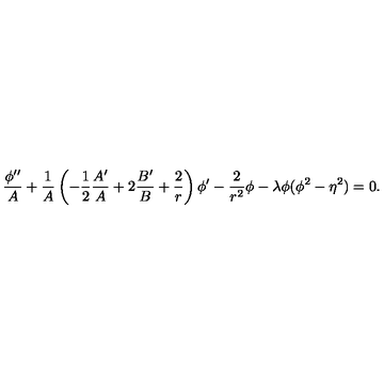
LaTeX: { \frac { \phi ^ { \prime \prime } } { A } } + { \frac { 1 } { A } } \left( - { \frac { 1 } { 2 } } { \frac { A ^ { \prime } } { A } } + 2 { \frac { B ^ { \prime } } { B } } + { \frac { 2 } { r } } \right) \phi ^ { \prime } - { \frac { 2 } { r ^ { 2 } } } \phi - \lambda \phi ( \phi ^ { 2 } - \eta ^ { 2 } ) = 0 .